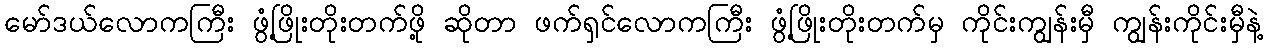
မော်ဒယ်လောကကြီး ဖွံ့ဖြိုးတိုးတက်ဖို့ ဆိုတာ ဖက်ရှင်လောကကြီး ဖွံ့ဖြိုးတိုးတက်မှ ကိုင်းကျွန်းမှီ ကျွန်းကိုင်းမှီနဲ့